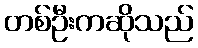
တစ်ဦးကဆိုသည်